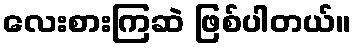
လေးစားကြဆဲ ဖြစ်ပါတယ်။